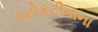
કટોકટીનાના